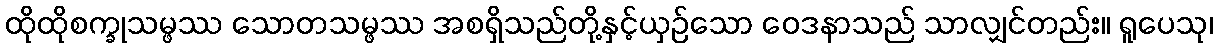
ထိုထိုစက္ခုသမ္ဖဿ သောတသမ္ဖဿ အစရှိသည်တို့နှင့်ယှဉ်သော ဝေဒနာသည် သာလျှင်တည်း။ ရူပေသု၊